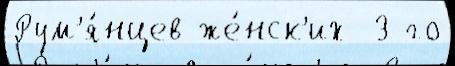
Рум'я́нцев же́нск'их  3-го